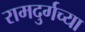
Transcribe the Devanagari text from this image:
रामदुर्गच्या